Haapsalu_Metskond, lk 9
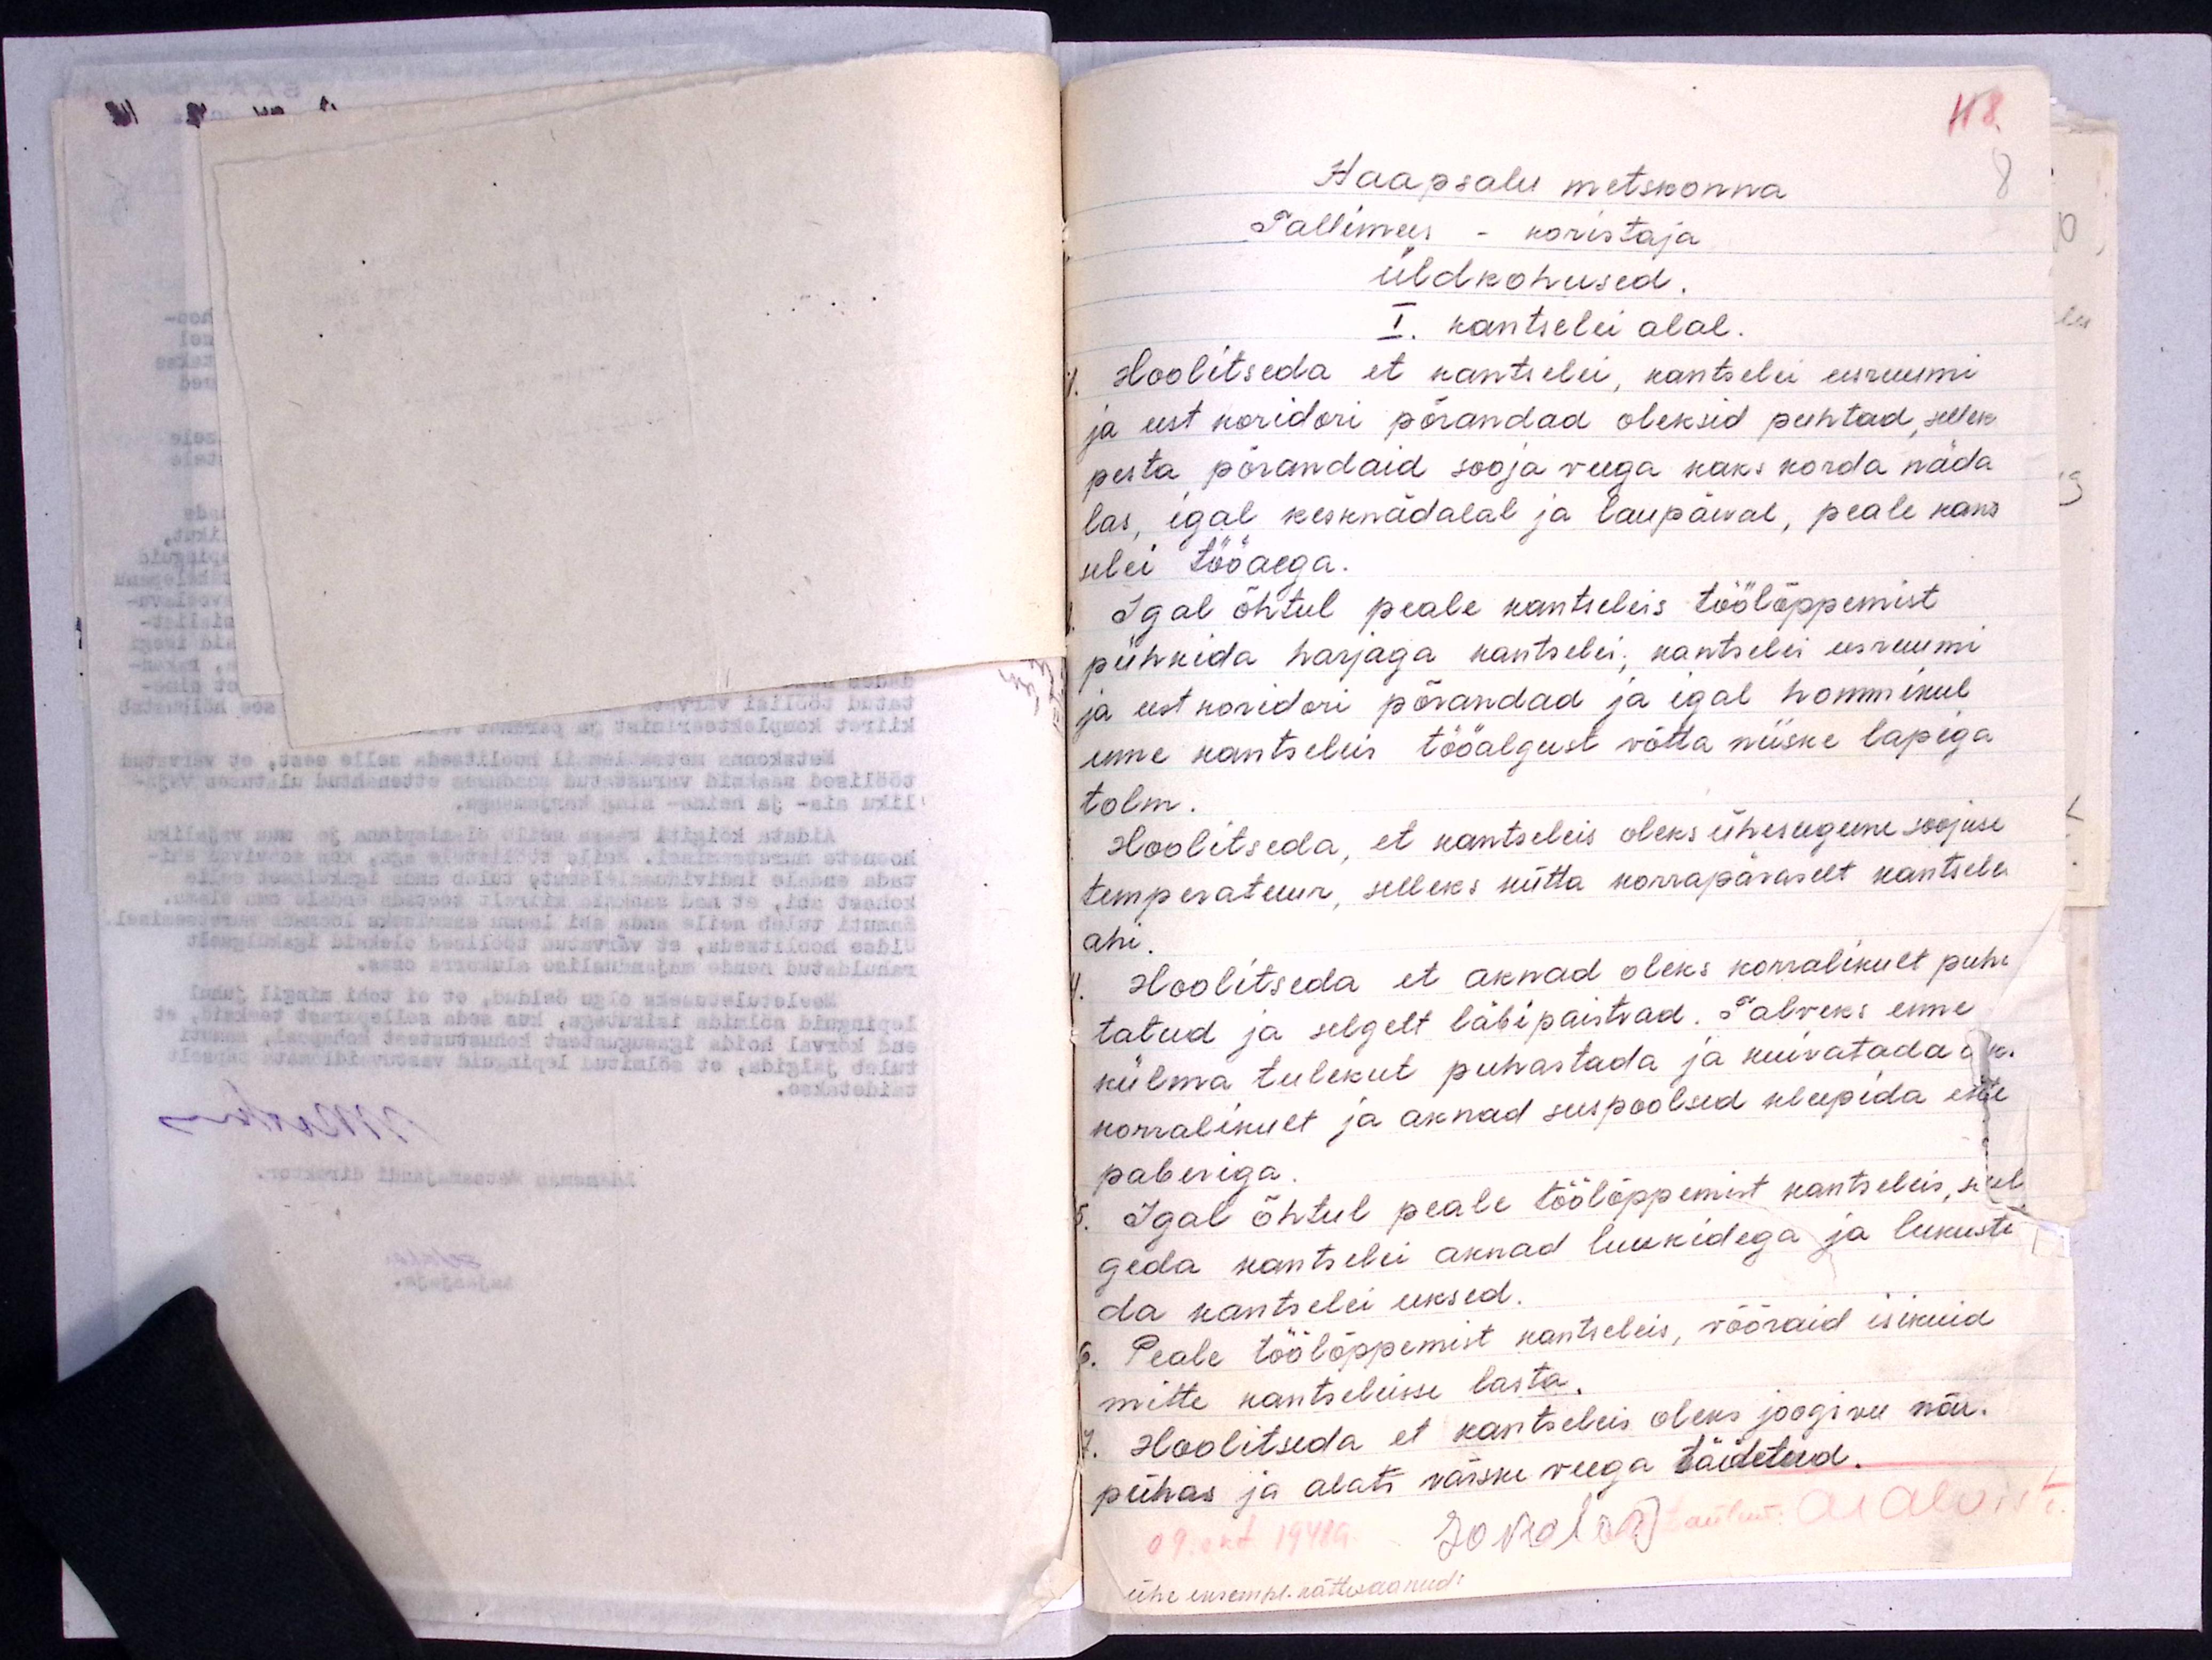
48.
Haapsalu metskonna
8
Tallimees - koristaja
Üldkohused.
I. kantselei alal.
1. Hoolitseda et kantselei, kantselei eesruumi
ja eest koridori põrandad oleksid puhtad, selleks
pesta põrandaid sooja veega kaks korda näda
las, igal kesknädalal ja laupäeval, peale kans-
selei tööaega.
Igal õhtul peale kantseleis töölõppemist
pühkida harjaga kantselei; kantselei eesruumi
ja eest koridori põrandad ja igal hommikul
enne kantseleis tööalgust võtta niiske lapiga
tolm.
Hoolitseda, et kantseleis oleks ühesugune soojuse
temperatuur, selleks kütta korrapäraselt kantselei
ahi.
4. Hoolitseda et aknad oleks korralikult puhe
tatud ja selgelt läbipaistvad. Talveks enne
külma tulekut puhastada ja kuivatada ak.
korralikult ja aknad seespoolsed kleepida ette
paberiga.
5. Igal õhtul peale töölõppemist kantseleis, sul
geda kantselei aknad luukidega ja lukuste
da kantselei uksed.
6. Peale töölõppemist kantseleis, võõraid isikuid
mitte kantseleisse lasta.
7. Hoolitseda et kantseleis oleks joogivee nõu.
pühas ja alati värske veega täidetud.
09. okt. 1948a.
ühe eksempl. kättesaanud: